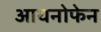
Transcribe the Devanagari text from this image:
आयनोफेन